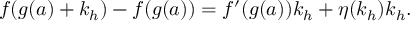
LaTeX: f ( g ( a ) + k _ { h } ) - f ( g ( a ) ) = f ^ { \prime } ( g ( a ) ) k _ { h } + \eta ( k _ { h } ) k _ { h } .